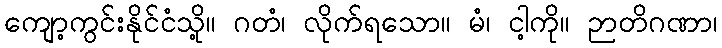
ကျော့ကွင်းနိုင်ငံသို့။ ဂတံ၊ လိုက်ရသော။ မံ၊ ငါ့ကို။ ဉာတိဂဏာ၊